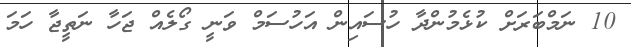
10 ނަމްބަރަށް ކުޅެމުންދާ ހުސައިން އަހުސަމް ވަނީ ގޯލެއް ޖަހާ ނަތީޖާ ހަމަ